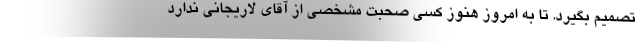
تصمیم بگیرد. تا به امروز هنوز کسی صحبت مشخصی از آقای لاریجانی ندارد